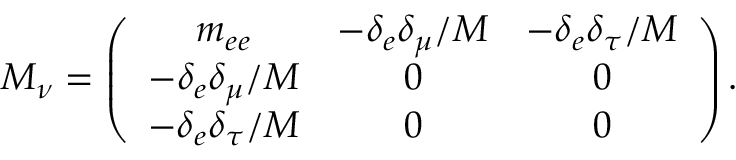
M _ { \nu } = \left( \begin{array} { c c c } { { m _ { e e } } } & { { - \delta _ { e } \delta _ { \mu } / M } } & { { - \delta _ { e } \delta _ { \tau } / M } } \\ { { - \delta _ { e } \delta _ { \mu } / M } } & { { 0 } } & { { 0 } } \\ { { - \delta _ { e } \delta _ { \tau } / M } } & { { 0 } } & { { 0 } } \end{array} \right) .